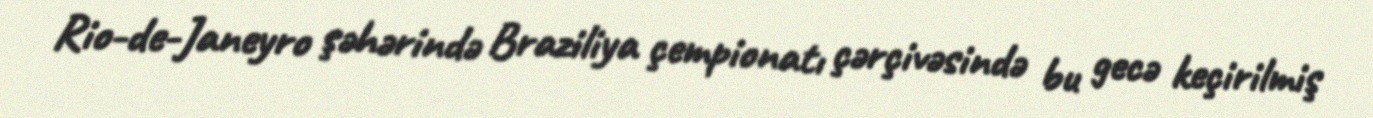
Rio-de-Janeyro şəhərində Braziliya çempionatı çərçivəsində bu gecə keçirilmiş